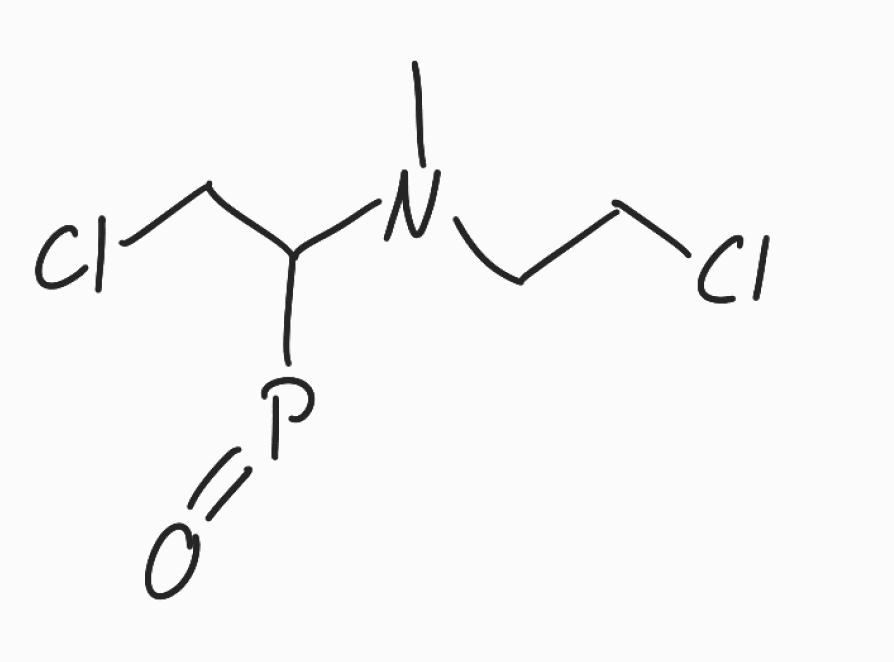
Simplified molecular-input line-entry system (SMILES) notation of the given molecule:
CN(CCCl)C(CCl)P=O